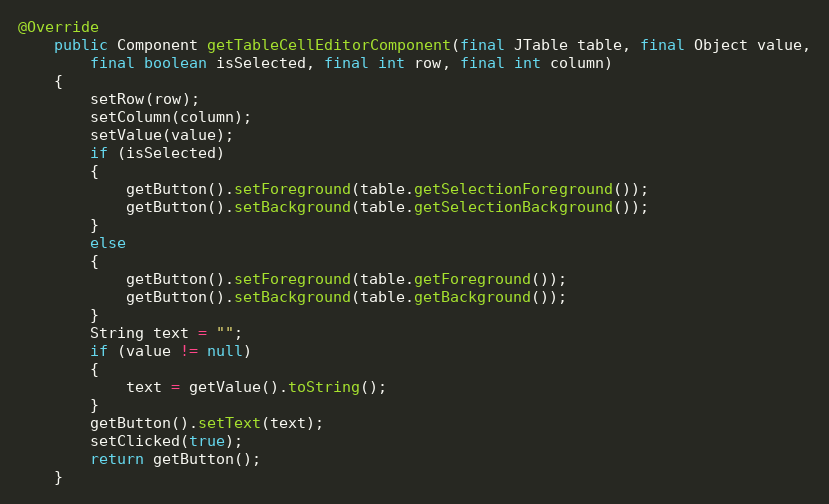
Language: Java
@Override
	public Component getTableCellEditorComponent(final JTable table, final Object value,
		final boolean isSelected, final int row, final int column)
	{
		setRow(row);
		setColumn(column);
		setValue(value);
		if (isSelected)
		{
			getButton().setForeground(table.getSelectionForeground());
			getButton().setBackground(table.getSelectionBackground());
		}
		else
		{
			getButton().setForeground(table.getForeground());
			getButton().setBackground(table.getBackground());
		}
		String text = "";
		if (value != null)
		{
			text = getValue().toString();
		}
		getButton().setText(text);
		setClicked(true);
		return getButton();
	}